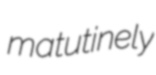
matutinely